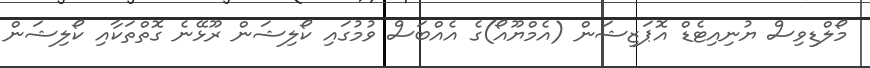
މޯލްޑިވިސް ޔުނިއިޓެޑް އޮޕަޒިޝަން (އެމްޔޫއޯ)ގެ އެއްބަސް ވުމުގައި ކޯލިޝަން ރޫޅޭނެ ގޮތްތަކާއި ކޯލިޝަން